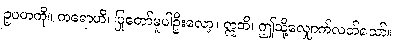
ဥပမာကို။ ကရောဟိ၊ ပြုတော်မူပါဦးလော့။ ဣတိ၊ ဤသို့လျှောက်လတ်သော်။